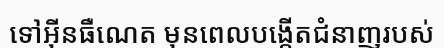
ទៅអ៊ីនធឺណេត មុនពេលបង្កើតជំនាញរបស់